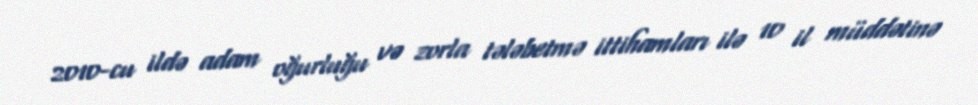
2010-cu ildə adam oğurluğu və zorla tələbetmə ittihamları ilə 10 il müddətinə